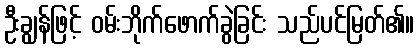
ဦးချွန်ဖြင့် ဝမ်းဘိုက်ဖောက်ခွဲခြင်း သည်ပင်မြတ်၏။